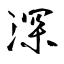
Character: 深